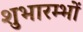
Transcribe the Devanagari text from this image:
शुभारम्भों